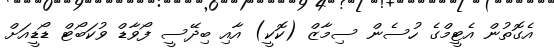
އެގޮތުން އެޓީމްގެ ހުސެން ސިމާޒް (ކޮކީ) އާއި ބިދޭސީ ފޯވާޑް ވުކަބޯޓް ޑޯޑީއަށް